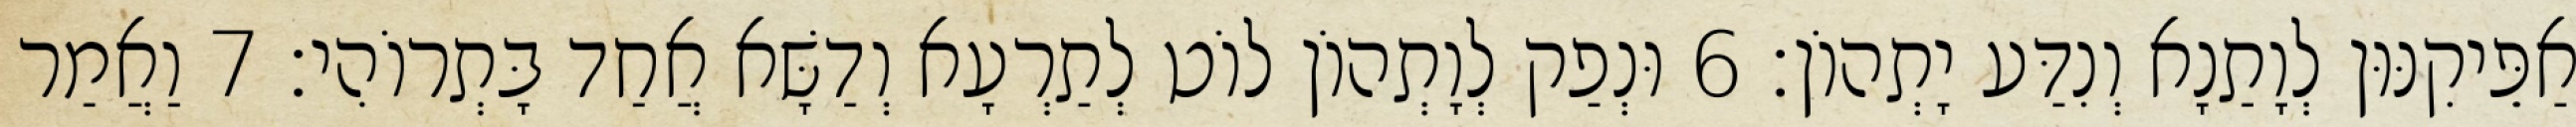
אַפֵּיקִנּוּן לְוָתַנָא וְנִדַּע יָתְהוֹן׃ 6 וּנְפַק לְוָתְהוֹן לוֹט לְתַרְעָא וְדַשָּׁא אֲחַד בָּתְרוֹהִי׃ 7 וַאֲמַר